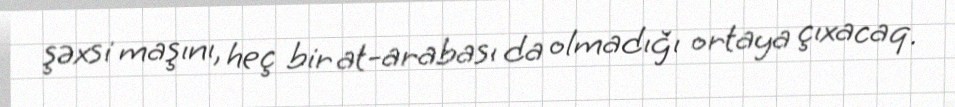
şəxsi maşını, heç bir at-arabası da olmadığı ortaya çıxacaq.